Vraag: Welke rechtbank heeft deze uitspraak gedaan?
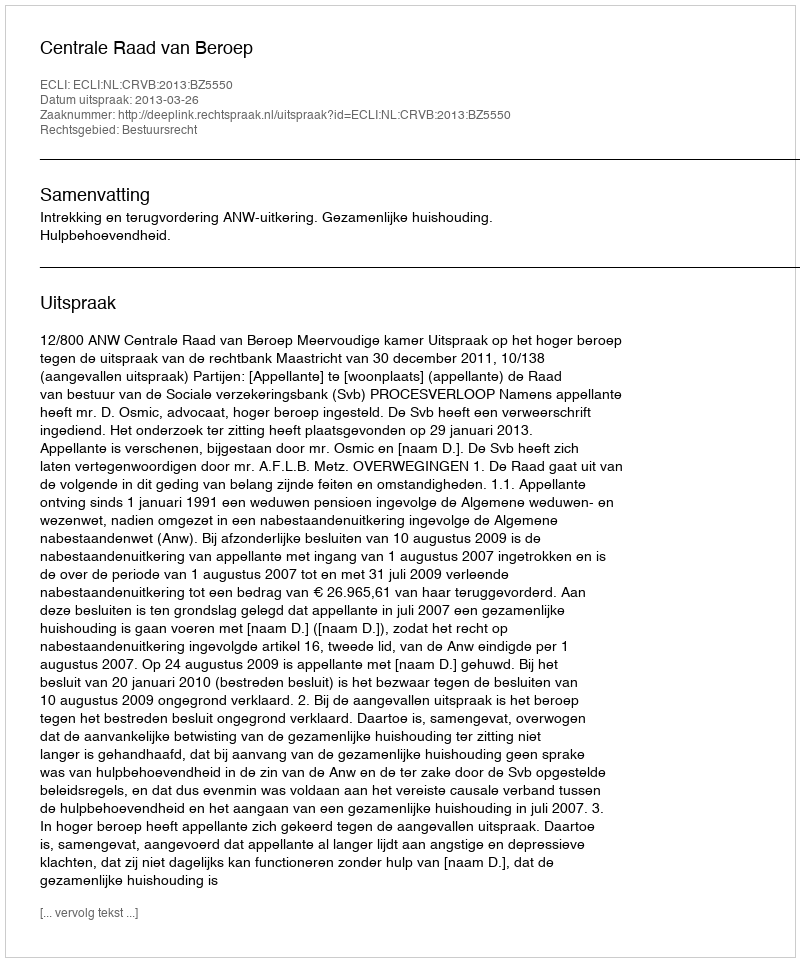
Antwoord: Centrale Raad van Beroep